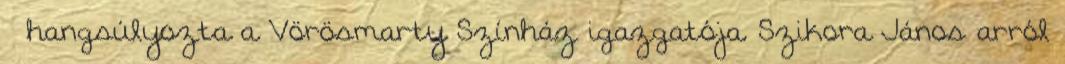
– hangsúlyozta a Vörösmarty Színház igazgatója. Szikora János arról